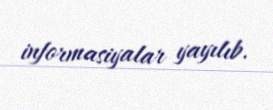
informasiyalar yayılıb.